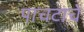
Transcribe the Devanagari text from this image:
पाचटाचे